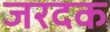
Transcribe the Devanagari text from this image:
जरदक